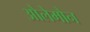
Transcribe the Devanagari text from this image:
ओलेमौन